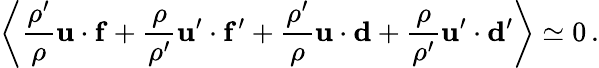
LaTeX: \left\langle{\frac{\rho^{\prime}}{\rho}}{\mathbf u}\cdot{\mathbf f}+{\frac{\rho}{\rho^{\prime}}}{\mathbf u}^{\prime}\cdot{\mathbf f^{\prime}}+{\frac{\rho^{\prime}}{\rho}}{\mathbf u}\cdot{\mathbf d}+{\frac{\rho}{\rho^{\prime}}}{\mathbf u}^{\prime}\cdot{\mathbf d^{\prime}}\right\rangle\simeq 0\, .